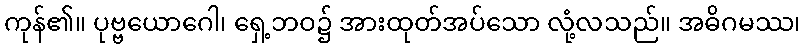
ကုန်၏။ ပုဗ္ဗယောဂေါ၊ ရှေ့ဘဝ၌ အားထုတ်အပ်သော လုံ့လသည်။ အဓိဂမဿ၊